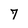
Character: 7